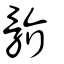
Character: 骱